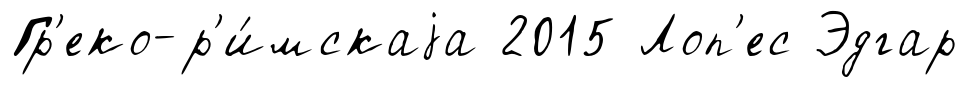
Гр'еко-р'и́мскаjа 2015 Лоп'ес Эдгар